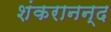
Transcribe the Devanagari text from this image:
शंकरानन्द